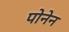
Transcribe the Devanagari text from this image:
पोनेन